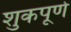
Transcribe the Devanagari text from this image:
शुकपूर्ण